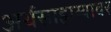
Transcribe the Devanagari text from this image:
अर्थसाहाय्यावर